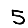
Digit: 5